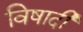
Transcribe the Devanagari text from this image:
विषादी